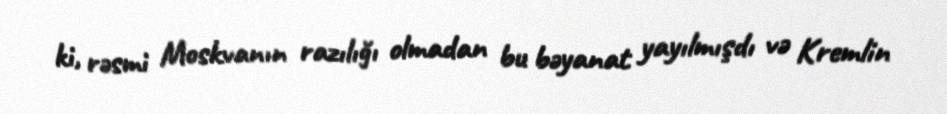
ki, rəsmi Moskvanın razılığı olmadan bu bəyanat yayılmışdı və Kremlin